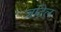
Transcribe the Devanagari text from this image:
जटिल